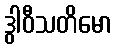
ဒွါဝီသတိမော